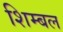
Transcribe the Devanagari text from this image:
शिम्बल